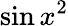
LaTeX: \sin x^{2}